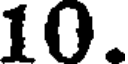
10.